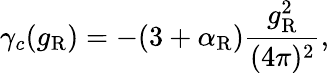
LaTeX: \gamma_{c}(g_{\mathrm{R}})=-(3+\alpha_{\mathrm{R}})\frac{g_{\mathrm{R}}^{2}}{(4\pi)^{2}},